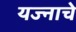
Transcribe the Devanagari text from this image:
यज्नाचे